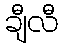
ချီလီ